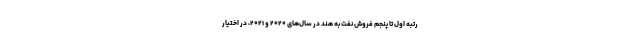
رتبه اول تا پنجم فروش نفت به هند در سال‌های ۲۰۲۰ و ۲۰۲۱، در اختیار